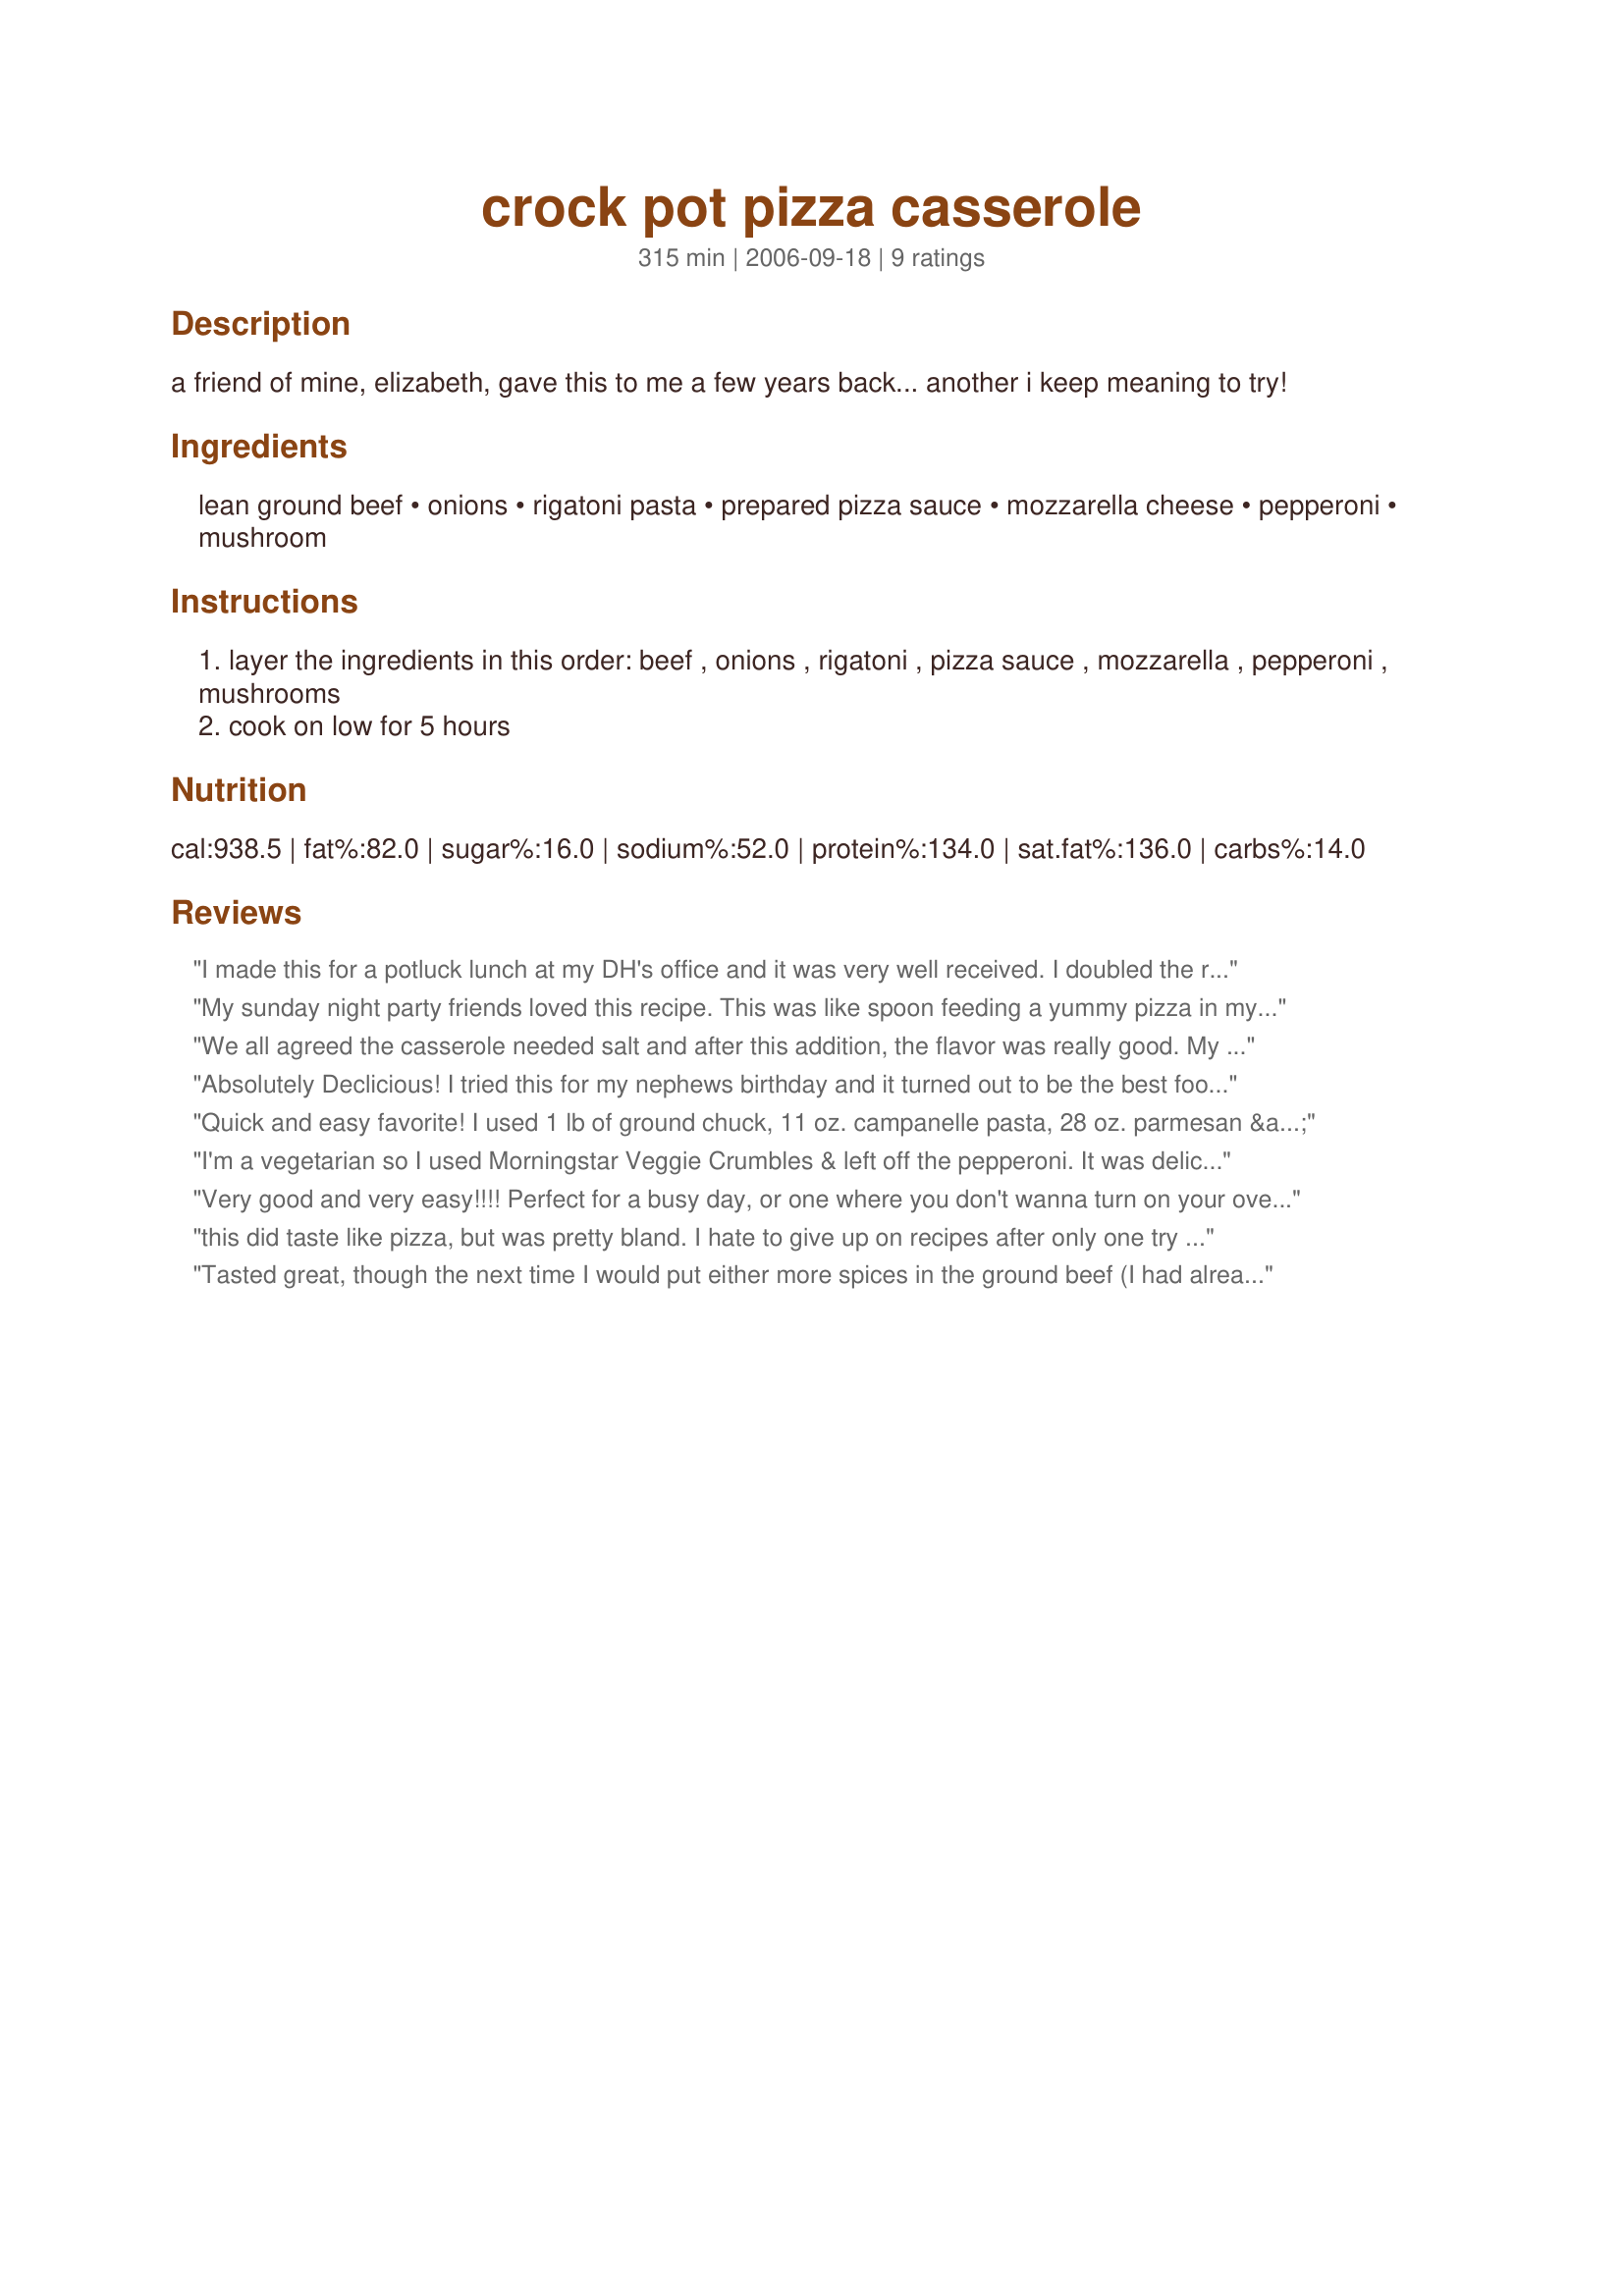
crock pot pizza casserole
Preparation time: 315 minutes

a friend of mine, elizabeth, gave this to me a few years back... another i keep meaning to try!

Ingredients:
lean ground beef, onions, rigatoni pasta, prepared pizza sauce, mozzarella cheese, pepperoni, mushroom

Steps:
layer the ingredients in this order: beef , onions , rigatoni , pizza sauce , mozzarella , pepperoni , mushrooms
cook on low for 5 hours

Reviews:
I made this for a potluck lunch at my DH's office and it was very well received. I doubled the recipe except for the onion, added some green and red pepper and left out the mushrooms as I didn't have any. I increased the sauce by adding an additional 28oz to the doubled recipe as it was going to be kept warm for several hours and I was afraid it might dry out. I would make this again. Thanks for the recipe.
My sunday night party friends loved this recipe. This was like spoon feeding a yummy pizza in my mouth. But, to make all this stuff fit in my crockpot I had to change it up a little. First I only used one onion chopped, then about 8 oz. of rigatoni, and one big 12 oz. bag of the mozzarella. Then after it was all layered I put a very light layer of shredded sharp chedder over pepperoni and shrooms. Even with these changes it still fills within 3/4 of an inch to the base of the lid. Oh yeah since I love to hunt wild game for food, I used half and half ground deer meat and ground wild boar sausage. Next time I will put in green peppers, ham, and maybe some fresh cooked bacon. Thanx for posting this yum-yum recipe!
We all agreed the casserole needed salt and after this addition, the flavor was really good. My family has requested that I use ground sausage instead of beef when I make this again. I used a three cheese Italian blend containing mozarella, but will stick with plain mozarella next time.
Absolutely Declicious! I tried this for my nephews birthday and it turned out to be the best food item there.
Quick and easy favorite! I used 1 lb of ground chuck, 11 oz. campanelle pasta, 28 oz. parmesan & romano spaghetti sauce, 8 oz. of pizza sauce, pepperoni, onions, banana peppers, and put the cheese on top (at the end, just so it had long enough to melt). I used to make this all the time, but lost my old recipe. The only thing I would change with this one is to add even more sauce next time. There just wasn't quite enough, especially after it cooked for so long. Thanks for sharing!
I'm a vegetarian so I used Morningstar Veggie Crumbles & left off the pepperoni. It was delicious!
Very good and very easy!!!! Perfect for a busy day, or one where you don't wanna turn on your oven!!!
Made for ZWT 4.
this did taste like pizza, but was pretty bland. I hate to give up on recipes after only one try so I'll try it again. Maybe this time I'll add some chopped bell peppers with the onions,or use pizza sausage instead of ground beef.
Tasted great, though the next time I would put either more spices in the ground beef (I had already put garlic powder, garlic salt and a bit of Lawry&#039;s) when I cook it or a bit of the pizza sauce in it to make it more uniform with the rest of the dish. The pizza sauce didn&#039;t make its way to the bottom. Same with the onions, maybe put a little salt and black pepper. I also added a little cheddar on top and left out the mushrooms. My 6yr old son was a fan! He loooves pizza and pepperoni :)
